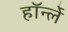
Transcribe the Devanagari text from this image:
हॉर्न्ले